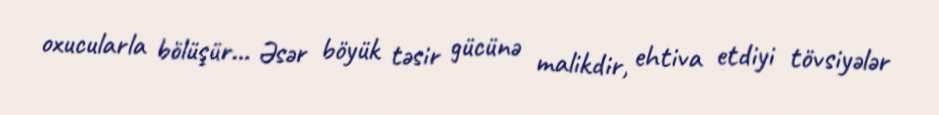
oxucularla bölüşür... Əsər böyük təsir gücünə malikdir, ehtiva etdiyi tövsiyələr